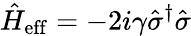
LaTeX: \hat{H}_{\mathrm{eff}}=-2i\gamma\hat{\sigma}^{\dagger}\hat{\sigma}